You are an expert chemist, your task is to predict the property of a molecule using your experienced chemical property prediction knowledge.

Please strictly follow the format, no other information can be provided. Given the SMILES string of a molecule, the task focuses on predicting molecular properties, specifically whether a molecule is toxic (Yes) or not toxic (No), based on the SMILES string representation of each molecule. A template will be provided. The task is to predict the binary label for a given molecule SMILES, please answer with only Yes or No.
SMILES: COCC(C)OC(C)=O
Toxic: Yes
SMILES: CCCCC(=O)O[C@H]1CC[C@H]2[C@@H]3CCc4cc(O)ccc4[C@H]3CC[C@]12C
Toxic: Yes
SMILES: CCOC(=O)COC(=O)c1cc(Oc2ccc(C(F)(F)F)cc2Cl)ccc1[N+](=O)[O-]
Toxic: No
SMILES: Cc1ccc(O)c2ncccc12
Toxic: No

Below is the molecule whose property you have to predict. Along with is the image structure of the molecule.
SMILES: Cc1cc(C)nc(Nc2ccccc2)n1
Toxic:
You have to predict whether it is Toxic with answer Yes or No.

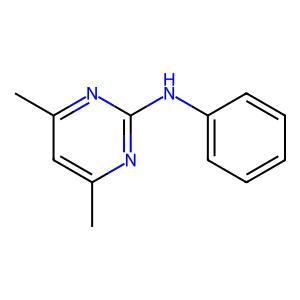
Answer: No